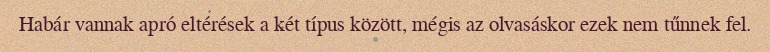
Habár vannak apró eltérések a két típus között, mégis az olvasáskor ezek nem tűnnek fel.